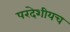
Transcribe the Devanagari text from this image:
परदेशीयच